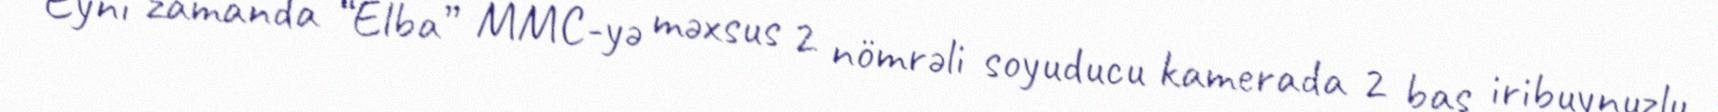
Eyni zamanda “Elba” MMC-yə məxsus 2 nömrəli soyuducu kamerada 2 baş iribuynuzlu